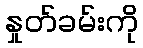
နှုတ်ခမ်းကို